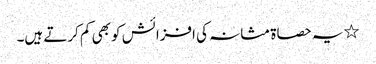
٭یہ حصاۃ مثانہ کی افزائش کو بھی کم کرتے ہیں۔